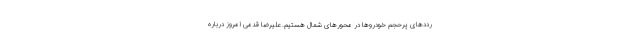
رددهای پرحجم خودروها در محورهای شمال هستیم. علیرضا قدمی امروز درباره